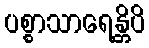
ပစ္စာသာရေန္တိပိ